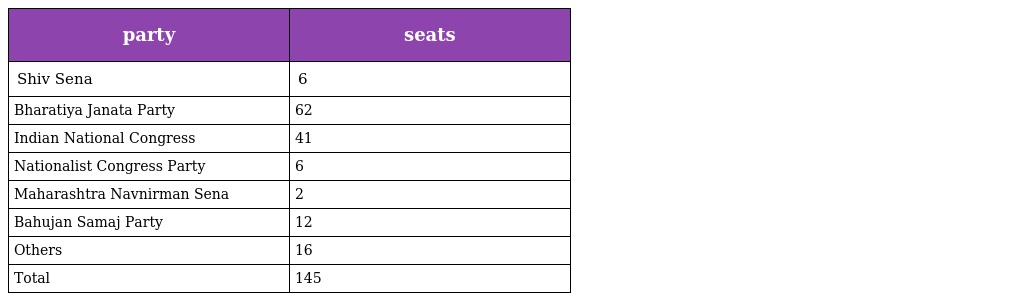
| party | seats |
 | --- | --- |
 | Shiv Sena | 6 |
 | Bharatiya Janata Party | 62 |
 | Indian National Congress | 41 |
 | Nationalist Congress Party | 6 |
 | Maharashtra Navnirman Sena | 2 |
 | Bahujan Samaj Party | 12 |
 | Others | 16 |
 | Total | 145 |